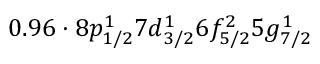
0 . 9 6 \cdot 8 p _ { 1 / 2 } ^ { 1 } 7 d _ { 3 / 2 } ^ { 1 } 6 f _ { 5 / 2 } ^ { 2 } 5 g _ { 7 / 2 } ^ { 1 }